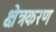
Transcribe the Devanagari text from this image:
क्षेत्रकरण